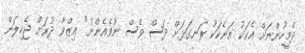
ދެމީހުންނަށް އެކަކު އަނެކަކު ރަނގަޅަށް ދަސް ވެސް ނުވެއެންނު" ޢިޒްވާ ދުރަށް ޖެހިލަން